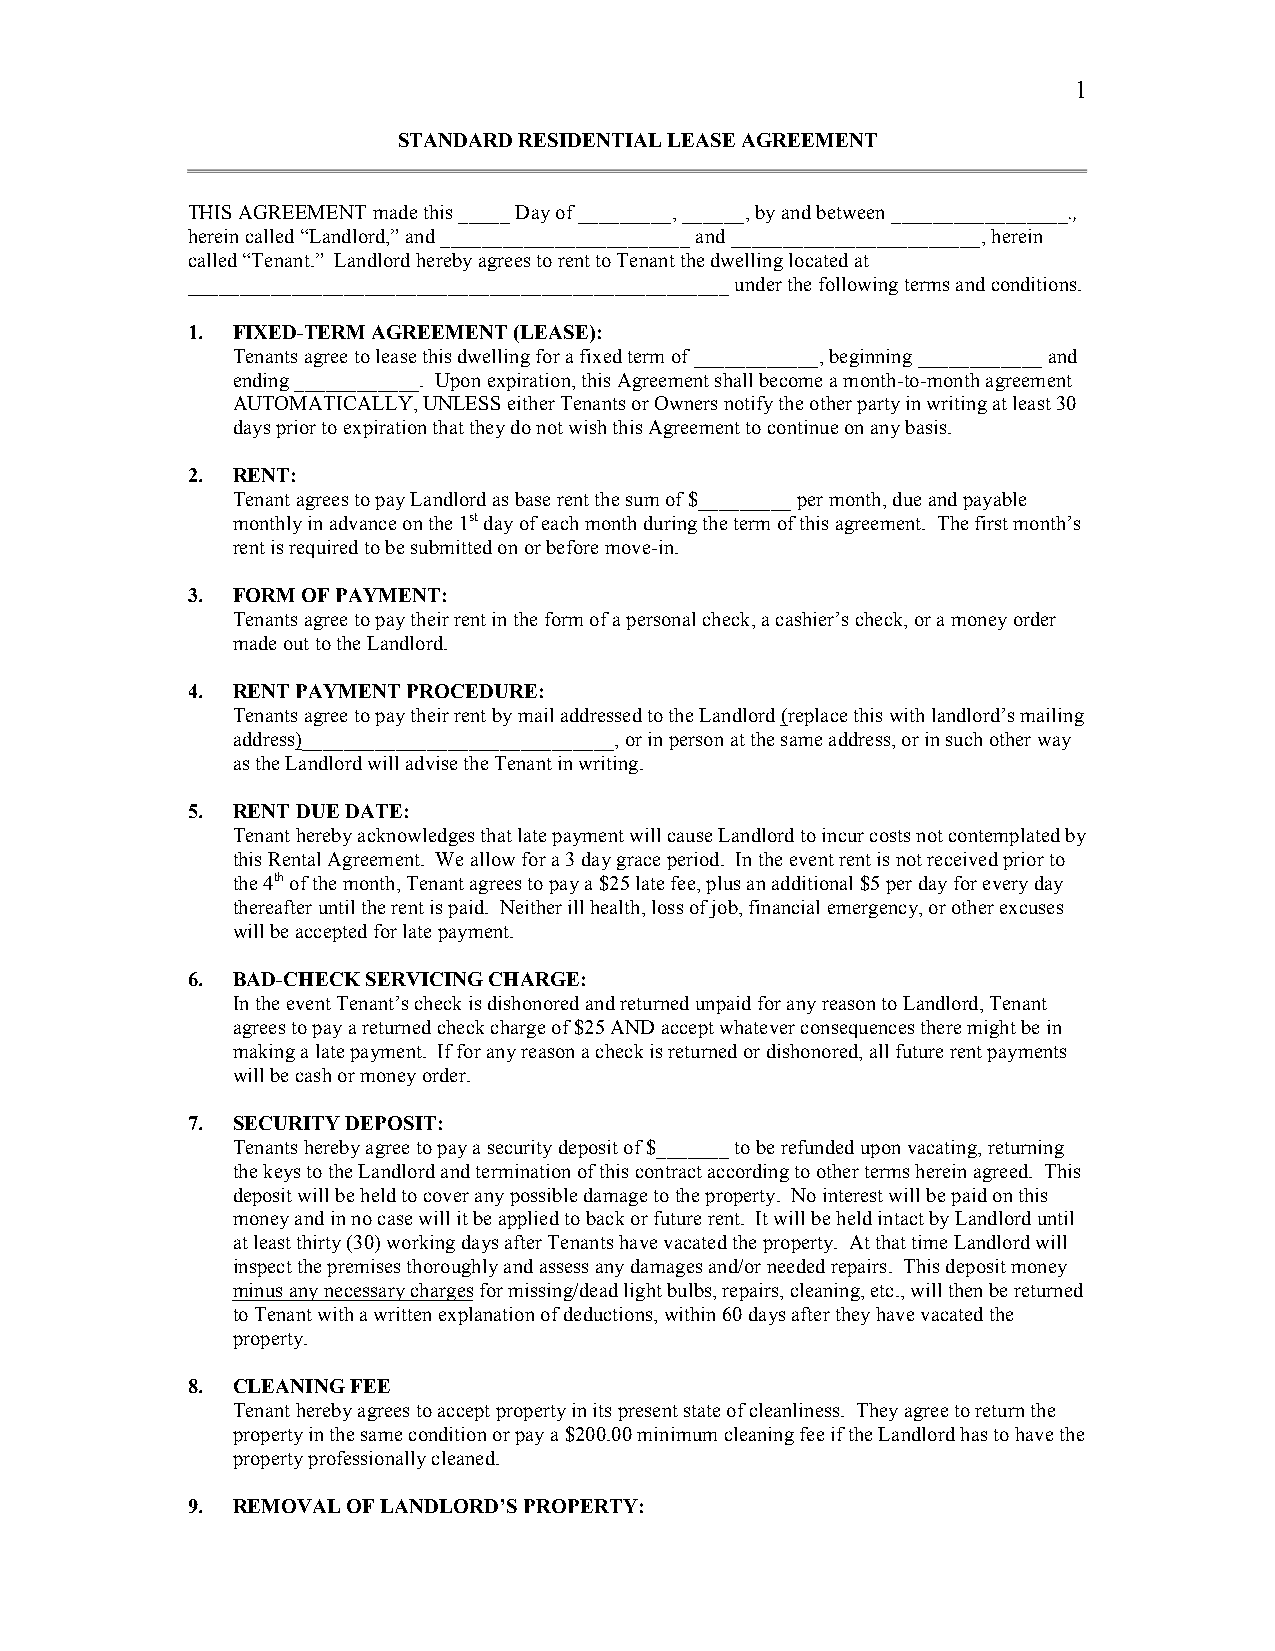
1
 STANDARD RESIDENTIAL LEASE AGREEMENT
 THIS AGREEMENT made this _____ Day of _________, ______, by and between _________________.,
 herein called “Landlord,” and ________________________ and ________________________, herein
 called “Tenant.” Landlord hereby agrees to rent to Tenant the dwelling located at
 ____________________________________________________ under the following terms and conditions.
 1. FIXED-TERM AGREEMENT (LEASE):
 Tenants agree to lease this dwelling for a fixed term of ____________, beginning ____________ and
 ending ____________. Upon expiration, this Agreement shall become a month-to-month agreement
 AUTOMATICALLY, UNLESS either Tenants or Owners notify the other party in writing at least 30
 days prior to expiration that they do not wish this Agreement to continue on any basis.
 2. RENT:
 Tenant agrees to pay Landlord as base rent the sum of $_________ per month, due and payable
 monthly in advance on the 1st day of each month during the term of this agreement. The first month’s
 rent is required to be submitted on or before move-in.
 3. FORM OF PAYMENT:
 Tenants agree to pay their rent in the form of a personal check, a cashier’s check, or a money order
 made out to the Landlord.
 4. RENT PAYMENT PROCEDURE:
 Tenants agree to pay their rent by mail addressed to the Landlord (replace this with landlord’s mailing
 address)______________________________, or in person at the same address, or in such other way
 as the Landlord will advise the Tenant in writing.
 5. RENT DUE DATE:
 Tenant hereby acknowledges that late payment will cause Landlord to incur costs not contemplated by
 this Rental Agreement. We allow for a 3 day grace period. In the event rent is not received prior to
 the 4th of the month, Tenant agrees to pay a $25 late fee, plus an additional $5 per day for every day
 thereafter until the rent is paid. Neither ill health, loss of job, financial emergency, or other excuses
 will be accepted for late payment.
 6. BAD-CHECK SERVICING CHARGE:
 In the event Tenant’s check is dishonored and returned unpaid for any reason to Landlord, Tenant
 agrees to pay a returned check charge of $25 AND accept whatever consequences there might be in
 making a late payment. If for any reason a check is returned or dishonored, all future rent payments
 will be cash or money order.
 7. SECURITY DEPOSIT:
 Tenants hereby agree to pay a security deposit of $_______ to be refunded upon vacating, returning
 the keys to the Landlord and termination of this contract according to other terms herein agreed. This
 deposit will be held to cover any possible damage to the property. No interest will be paid on this
 money and in no case will it be applied to back or future rent. It will be held intact by Landlord until
 at least thirty (30) working days after Tenants have vacated the property. At that time Landlord will
 inspect the premises thoroughly and assess any damages and/or needed repairs. This deposit money
 minus any necessary charges for missing/dead light bulbs, repairs, cleaning, etc., will then be returned
 to Tenant with a written explanation of deductions, within 60 days after they have vacated the
 property.
 8. CLEANING FEE
 Tenant hereby agrees to accept property in its present state of cleanliness. They agree to return the
 property in the same condition or pay a $200.00 minimum cleaning fee if the Landlord has to have the
 property professionally cleaned.
 9. REMOVAL OF LANDLORD’S PROPERTY: